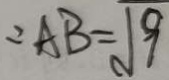
= A B = \sqrt { 9 }